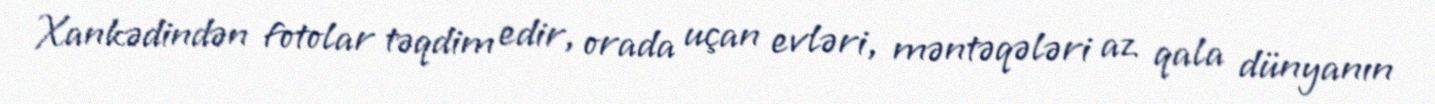
Xankədindən fotolar təqdim edir, orada uçan evləri, məntəqələri az qala dünyanın